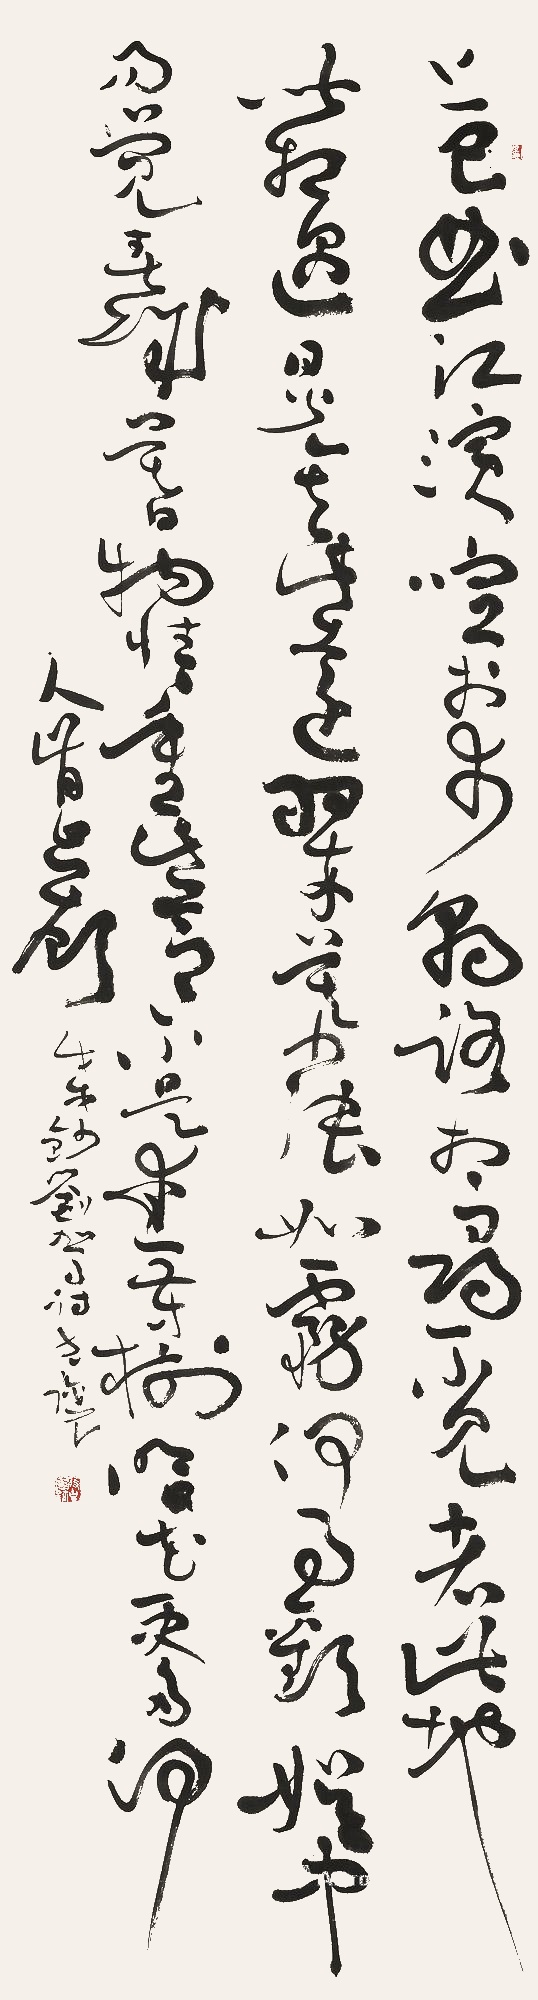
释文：上巳曲江滨，喧于市朝路。想寻不见者，此地皆相遇。日光去此远，翠幕张如雾。何事欢娱中，易觉春城暮。物情重此节，不是爱芳树。明日花更多，何人肯回顾。戊戌钞刘驾诗，克让。